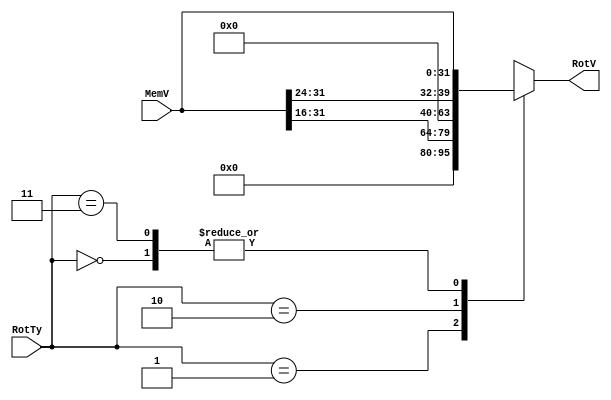
module MemRotate(
    input [1:0] RotTy,
    input [31:0] MemV,
    output reg [31:0] RotV
);

always @(*) begin
    case (RotTy)
        2'b00: RotV <= MemV;
        2'b01: RotV <= {16'b0, MemV[31:16]};
        2'b10: RotV <= {24'b0, MemV[31:24]};
        2'b11: RotV <= MemV; // unused
        default: RotV <= MemV;
    endcase
end

endmodule // MemRotate